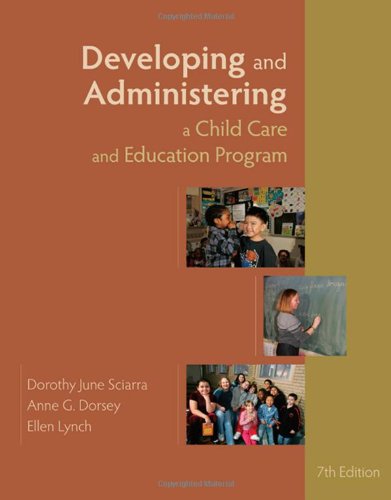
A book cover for Developing and Administering a Child Care and Education Program; Dorothy June Sciarra; Education & Teaching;